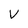
Character: v